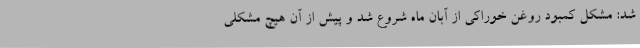
شد: مشکل کمبود روغن خوراکی از آبان ماه شروع شد و پیش از آن هیچ مشکلی